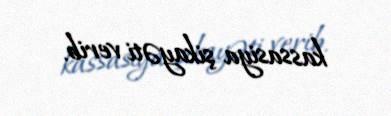
kassasiya şikayəti verib.